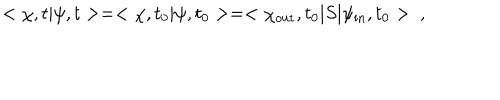
LaTeX: < \chi , t | \psi , t > = < \chi , t _ { 0 } | \psi , t _ { 0 } > = < \chi _ { \mathrm { o u t } } , t _ { 0 } | S | \psi _ { \mathrm { i n } } , t _ { 0 } > \ ,